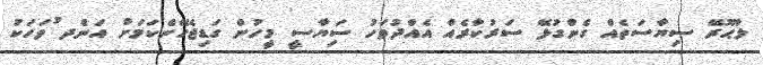
ލާޙޫރޭ ސިޔާސަތެއް ގެންގުޅޭ ސަރުކާރެއް އެއްދުވަހު ސަިޔާސީ މީހުން ގަޑިޖެހޭނެކަމަށް އަނެްދ ުަވަހަކަު